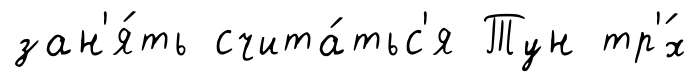
зан'я́ть счита́тьс'я Тун тр'́х